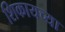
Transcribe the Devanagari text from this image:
शिकायच्या